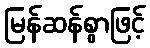
မြန်ဆန်စွာဖြင့်